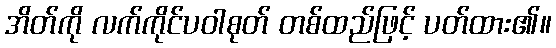
အိတ်ကို လက်ကိုင်ပဝါစုတ် တစ်ထည်ဖြင့် ပတ်ထား၏။